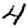
Digit: 4